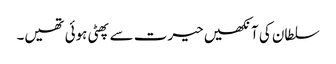
سلطان کی آنکھیں حیرت سے پھٹی ہوئی تھیں۔